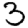
Digit: 3